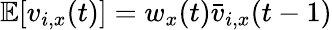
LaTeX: \mathbb E[v_{i,x}(t)]=w_{x}(t){\bar{v}}_{i,x}(t-1)